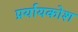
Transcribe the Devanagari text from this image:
प्रर्यायकोश